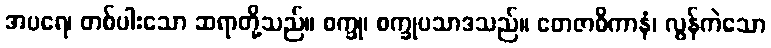
အပရေ၊ တစ်ပါးသော ဆရာတို့သည်။ စက္ခု၊ စက္ခုပသာဒသည်။ တေဇာဓိကာနံ၊ လွန်ကဲသော